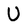
Character: U